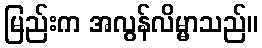
မြည်းက အလွန်လိမ္မာသည်။